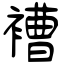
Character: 褿